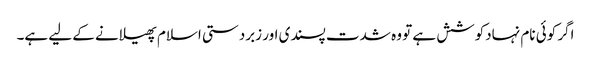
اگر کوئی نام نہادکوشش ہے تو وہ شدت پسندی اور زبردستی اسلام پھیلانے کے لیے ہے۔